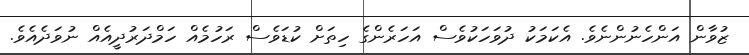
ޒުވާން އަންހެނުންނެވެ. އެކަމަކު ދުވަހަކުވެސް އަހަރެންގެ ހިތަށް ކުޑަވެސް ރަހުމެއް ހަމްދަރުދީއެއް ނުވަދެއެވެ.